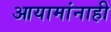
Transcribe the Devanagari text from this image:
आयामांनाही